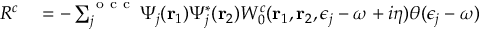
\begin{array} { r l } { R ^ { c } } & { { } = - \sum _ { j } ^ { \mathrm { ~ o ~ c ~ c ~ } } \Psi _ { j } ( \mathbf { r } _ { 1 } ) \Psi _ { j } ^ { * } ( \mathbf { r } _ { 2 } ) W _ { 0 } ^ { c } ( \mathbf { r } _ { 1 } , \mathbf { r } _ { 2 } , \epsilon _ { j } - \omega + i \eta ) \theta ( \epsilon _ { j } - \omega ) } \end{array}